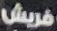
فريش